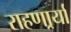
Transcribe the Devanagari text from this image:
राहणार्र्या